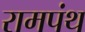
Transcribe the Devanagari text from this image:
रामपंथ